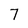
Character: 7